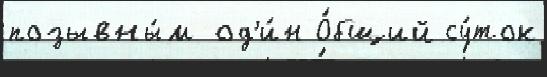
позывны́м од'и́н О́бщий су́ток